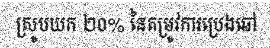
ស្រូបយក ២០% នៃតម្រូវការប្រេងឆៅ